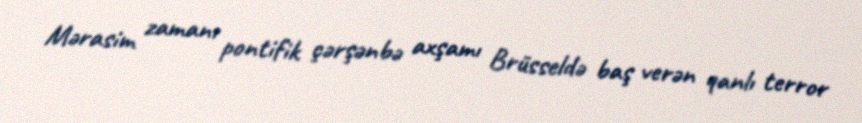
Mərasim zamanı pontifik çərşənbə axşamı Brüsseldə baş verən qanlı terror